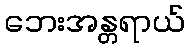
ဘေးအန္တရာယ်